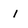
Character: 1